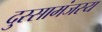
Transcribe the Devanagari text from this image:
दुस्सामंजस्य